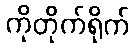
ကိုတိုက်ရိုက်